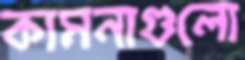
কামনাগুলো